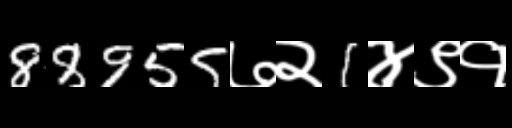
Text: 88955७२1४९१